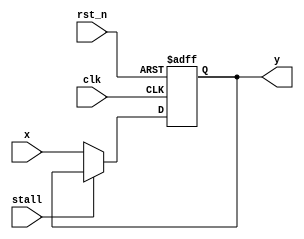
module flop_1bit_with_stall(clk, x, y, rst_n, stall);
input clk, x, rst_n, stall;
output reg y;

always @(posedge clk, negedge rst_n)begin
if(!rst_n)
y<=0;
else if(stall)
y<=y;
else
y<=x;

end
endmodule